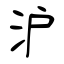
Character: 沪